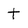
Character: t